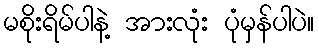
မစိုးရိမ်ပါနဲ့ အားလုံး ပုံမှန်ပါပဲ။